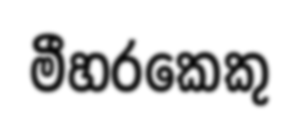
මීහරකෙකු